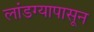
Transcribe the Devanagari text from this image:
लांडग्यापासून